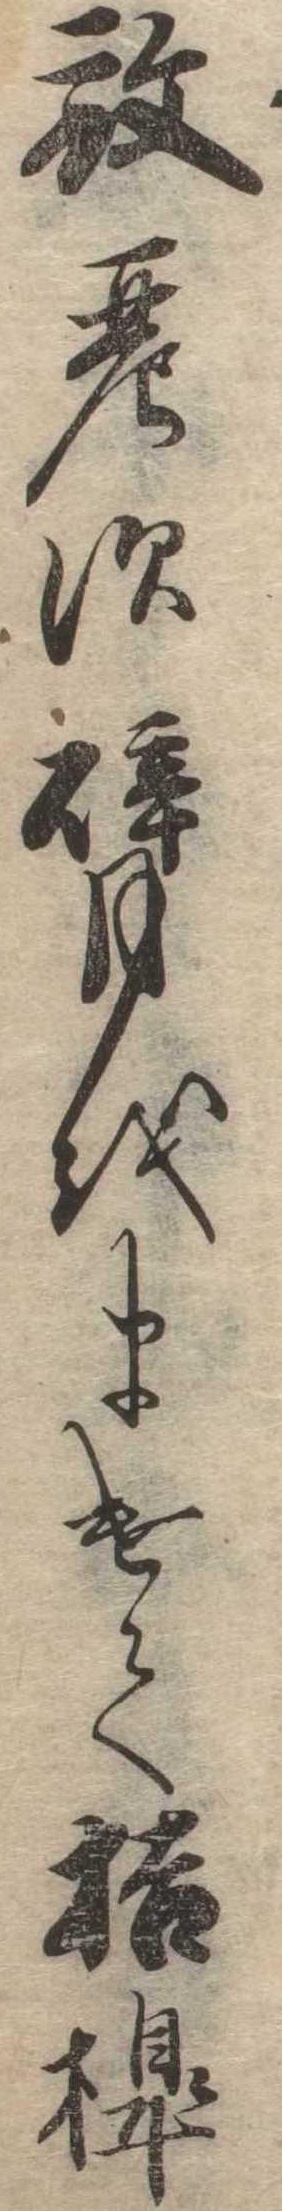
放れす臂をまけて枯槹